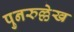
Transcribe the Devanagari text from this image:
पुनरुल्लेख